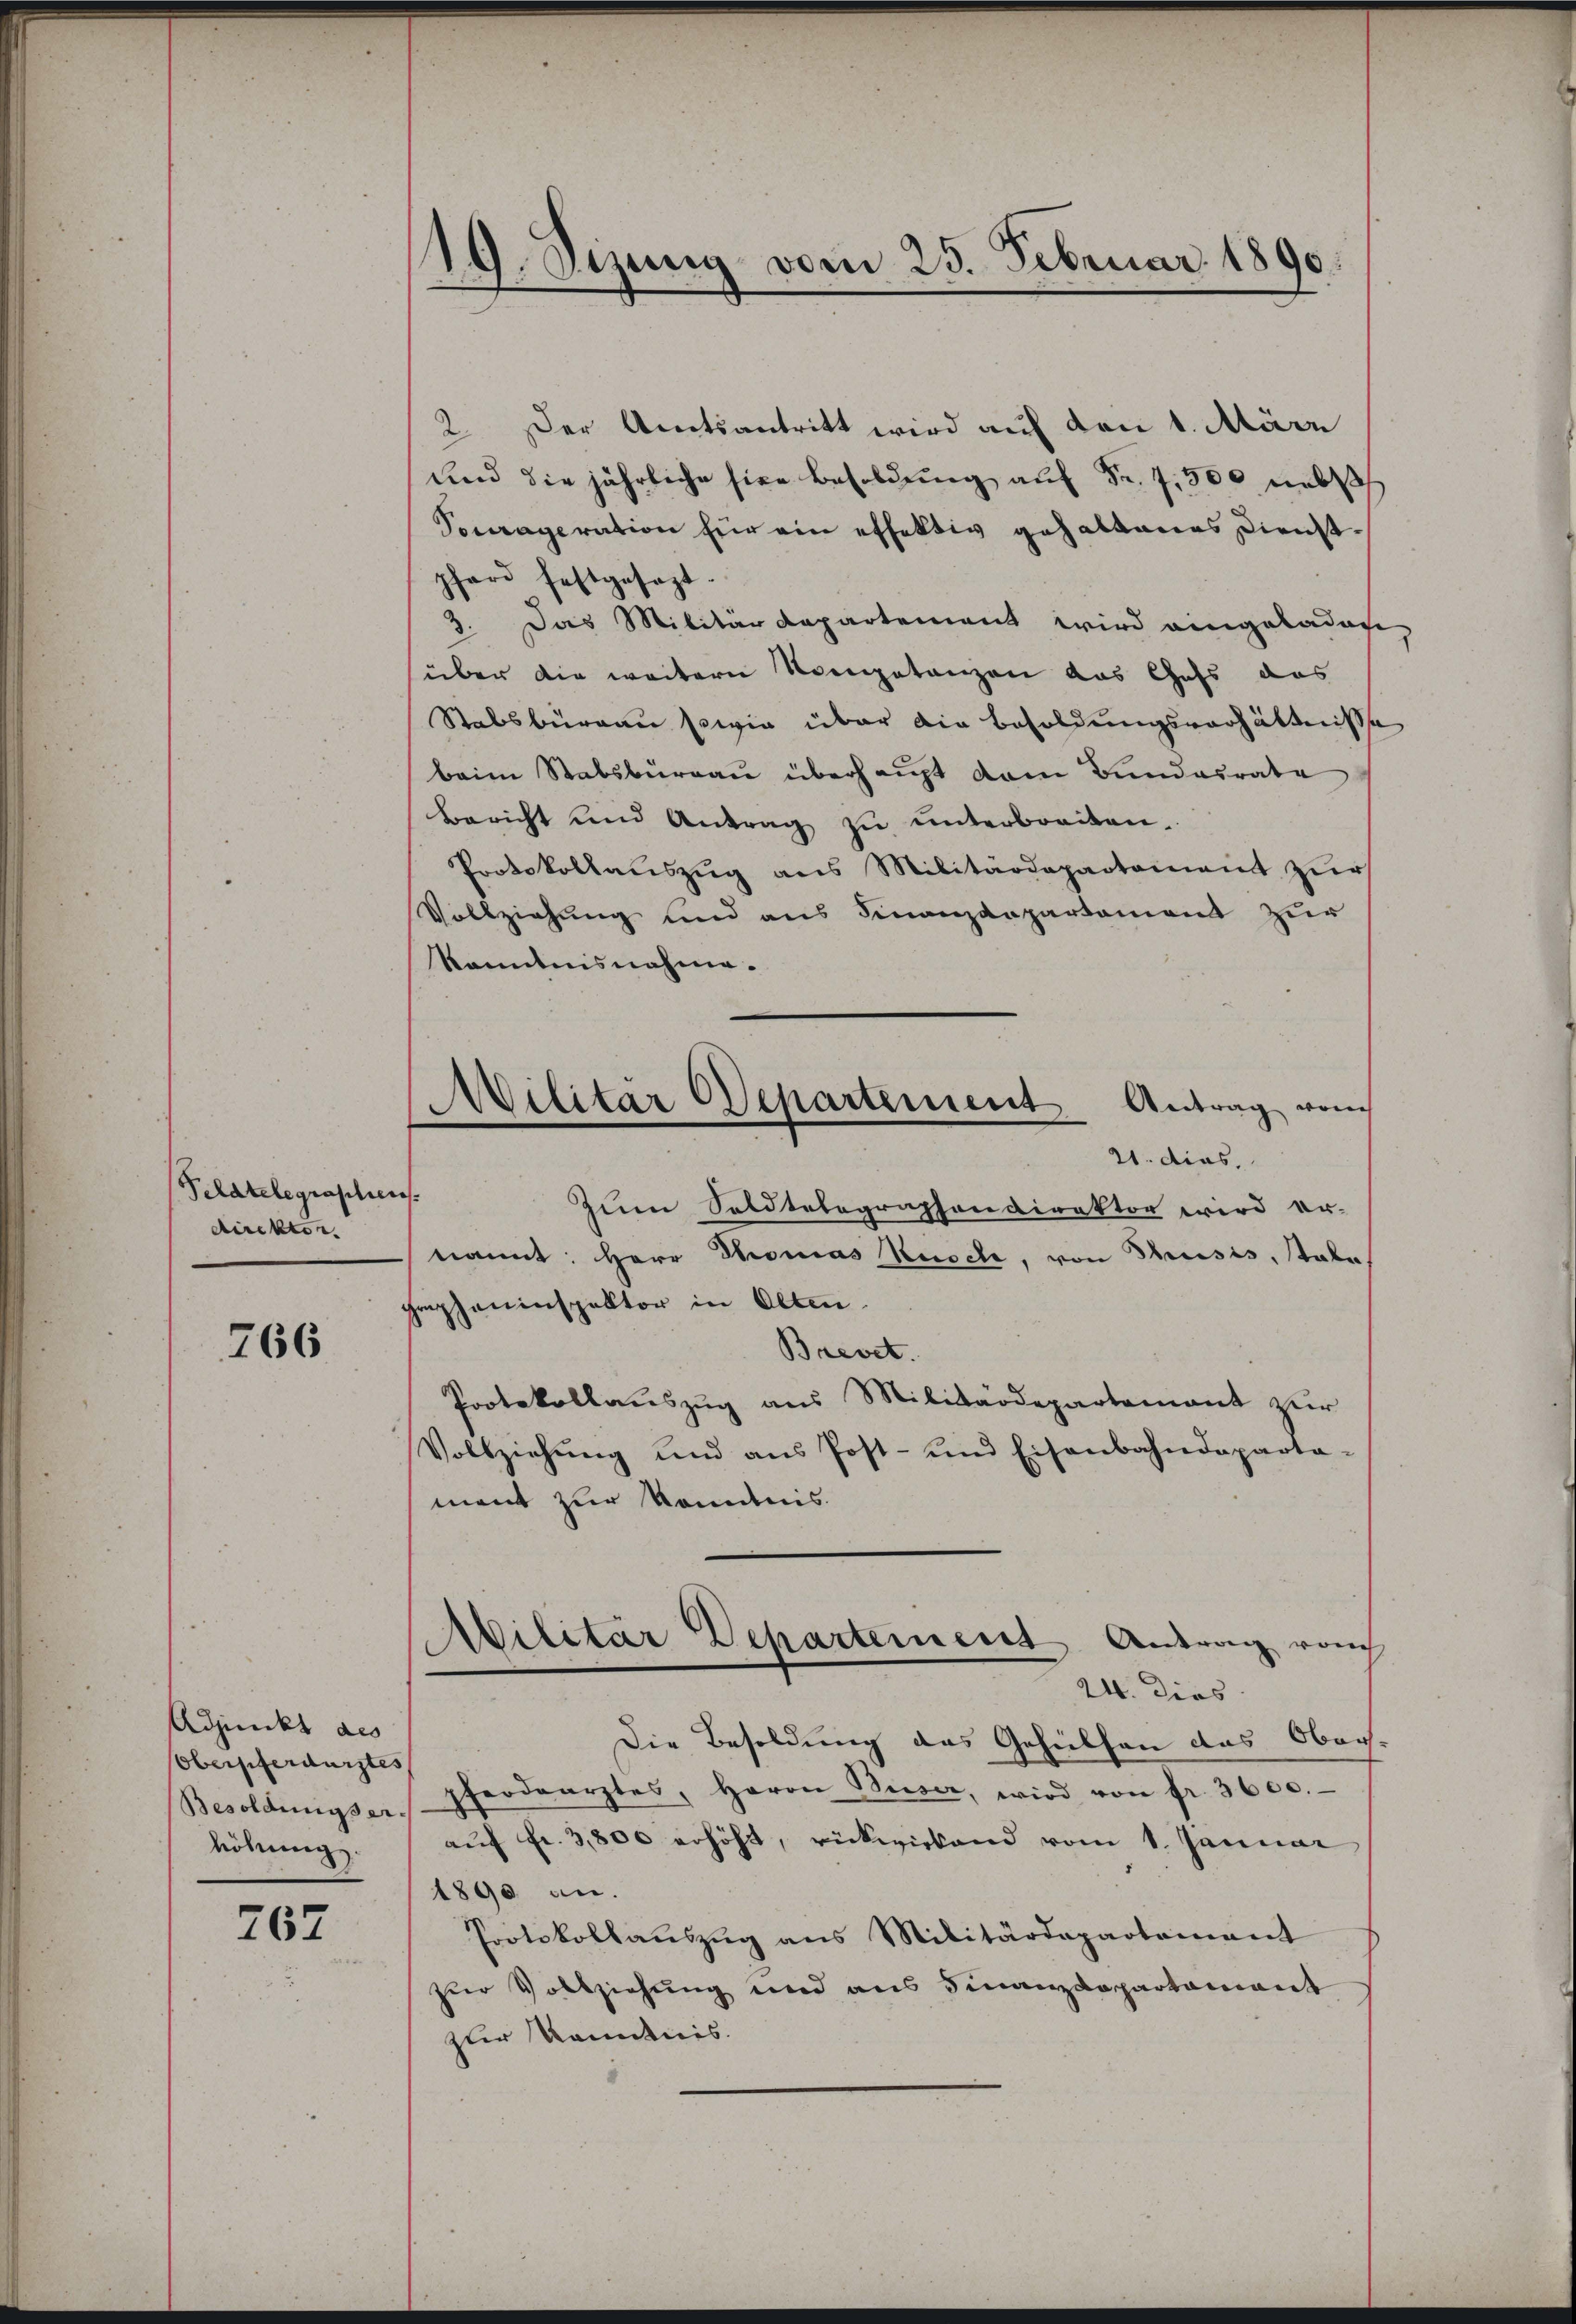
Schatelegraschie
direktor.

766

Adjunkt als
Obersferdürgtes
Besoldungserhöhung.

767

19. Sizung vom 25. Februar 1890.
—

Militar Departement Antrag vom
21. dies

2. Der Amtsantritt wird auf den 1. März
und die jährliche sie Besoldung auf Fr. 7,500 nebs
Socraperation für ein effektiv gehaltenes Dienstphard festgesezt.
3. Das Militar Departement wird eingeladen
über die weitern Kompetanzen das Chefs das
Stabsburgau sowie über die Besoldungsverhältnisse
beim Stabsbureau überhaupt vom Bundesrate
Bericht und Antrag zŭ ŭnterbracken.
Protokollaŭszŭg ans Militärdepartement zŭr
Vollziehung und aus Finanzanpartament zur
Kenntnisnahme.
ers¬
Zum Soldtelegraphen direktor wird er-
nannt: Herr Thomas Knoch, von Thusis, tabe
pepheninspektor in Olten
Brevet.
Protokollauszug aus Militärdepartement zur
Vollziehŭng und ans Post- und Eisenbahndeparta-
mant zur Kenntnis.
Militär Departement Antrag von
24. dies
Die Besoldung des Gehülfen das Obers.
pferdearztes, Herrn Buser, wird von fr. 3600.
aŭf Fr. 3,800 erhöht, rückwirkend vom 1. Januar
1890 an.
Protokollaŭszŭg ans Militärdepartement
zur Vollziehung und aus Finanzdepartament
zur Kenntnis.